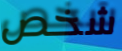
شخص